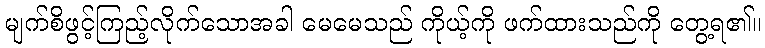
မျက်စိဖွင့်ကြည့်လိုက်သောအခါ မေမေသည် ကိုယ့်ကို ဖက်ထားသည်ကို တွေ့ရ၏။